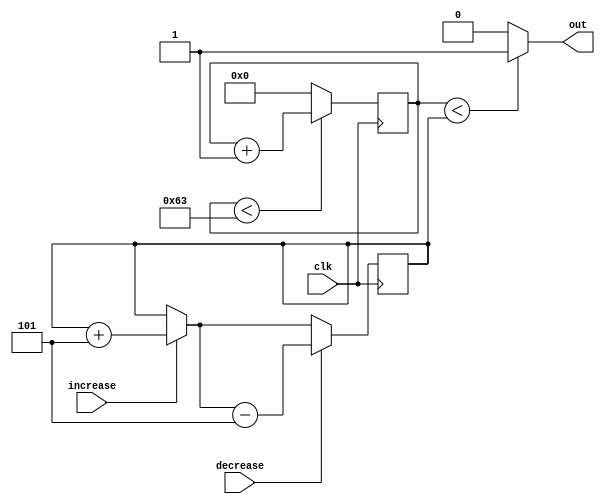
module pwm_5_variation(clk,out,increase,decrease);

input clk,increase,decrease;
output out;
reg [7:0]duty = 50;
reg [7:0]counter;

always@(posedge clk)
begin

	if(counter < 99)
		counter = counter + 1;
	else
		counter = 0;
	if(increase)
		duty = duty + 5;
	if(decrease)
		duty = duty - 5;
end

assign out = (counter<duty)?1:0;

endmodule